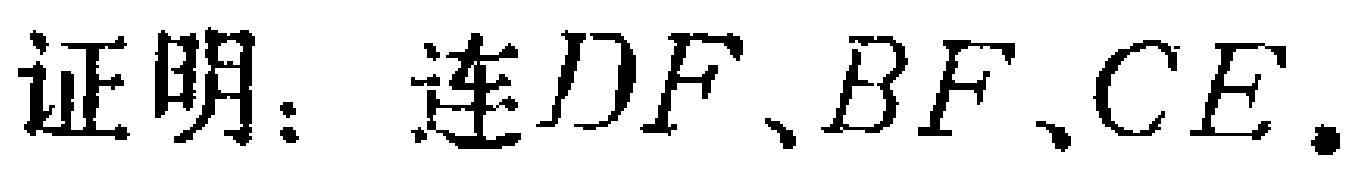
证明：连\(DF、BF、CE\)。